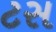
ટસ